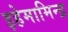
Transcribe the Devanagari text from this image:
इहेमामिन्द्र